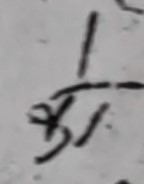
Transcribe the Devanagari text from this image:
१ का